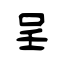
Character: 呈